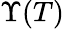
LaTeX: \Upsilon(T)